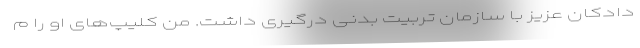
دادکان عزیز با سازمان تربیت بدنی درگیری داشت. من کلیپ‌های او را م